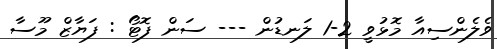
ވެލެންސިއާ މޮޅުވީ 2-1 ލަނޑުން --- ސަން ފޮޓޯ : ފަޔާޒް މޫސާ